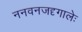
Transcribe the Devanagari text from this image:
ननवनजदृगालेः